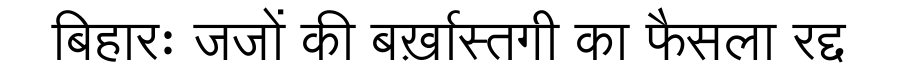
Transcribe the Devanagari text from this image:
बिहारः जजों की बर्ख़ास्तगी का फैसला रद्द